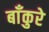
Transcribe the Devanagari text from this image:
बाँकुरे